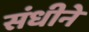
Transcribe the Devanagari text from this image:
संधीने